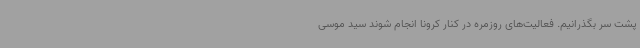
پشت سر بگذرانیم. فعالیت‌های روزمره در کنار کرونا انجام شوند سید موسی